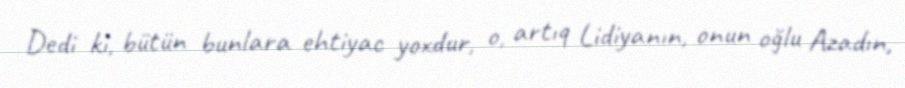
Dedi ki, bütün bunlara ehtiyac yoxdur, o, artıq Lidiyanın, onun oğlu Azadın,